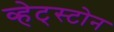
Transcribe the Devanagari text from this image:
व्हेट्स्टोन